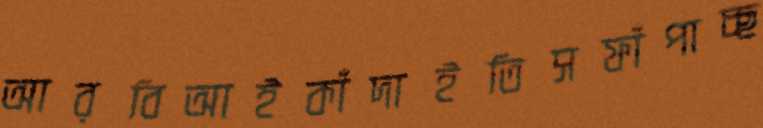
আরবিআইকাঁদাইতিসফাঁপাচ্ছ